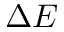
\Delta E